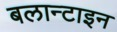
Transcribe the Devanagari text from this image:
बलान्टाइन